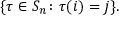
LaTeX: \{ \tau \in S _ { n } \colon \tau ( i ) = j \} .